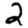
Digit: 2